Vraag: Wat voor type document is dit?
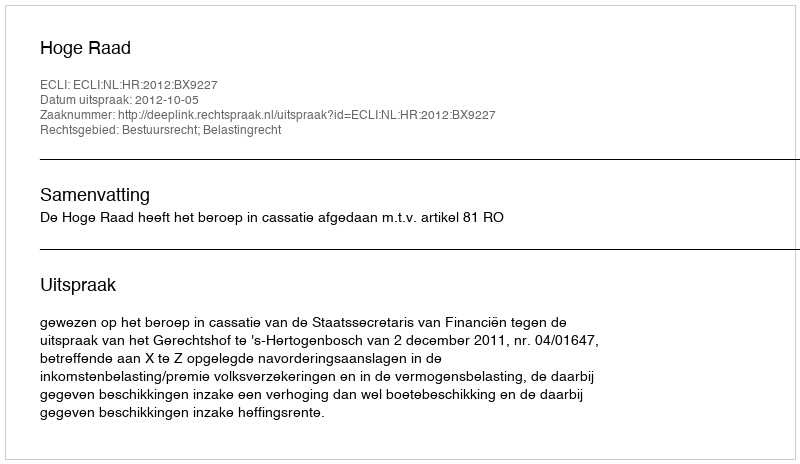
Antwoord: Uitspraak